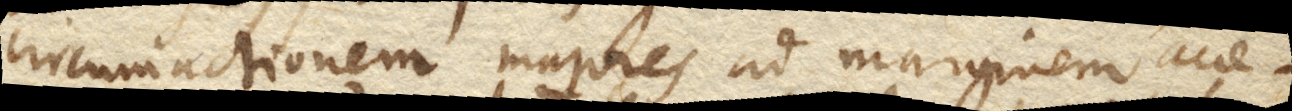
circumactionem majores ad marginem acce–